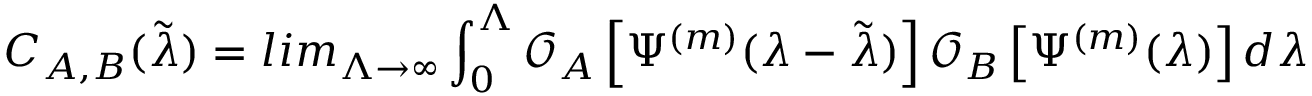
C _ { A , B } ( \tilde { \lambda } ) = l i m _ { \Lambda \to \infty } \int _ { 0 } ^ { \Lambda } \mathcal O _ { A } \left[ \Psi ^ { ( m ) } ( \lambda - \tilde { \lambda } ) \right] \mathcal O _ { B } \left[ \Psi ^ { ( m ) } ( \lambda ) \right] d \lambda